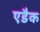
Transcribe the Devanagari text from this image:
एडैक